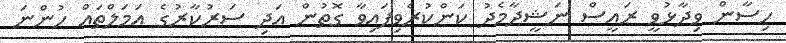
ހިސާން ވިދާޅުވީ ރައީސް ނަޝީދާމެދު ކަންކުރެވިފައިވާ ގޮތުން އަދި ސަރުކާރުގެ ޢަމަލްތައް ހުންނަ